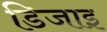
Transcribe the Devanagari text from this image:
डिजाइ